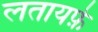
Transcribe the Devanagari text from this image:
लतायफ़े